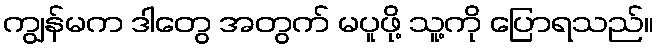
ကျွန်မက ဒါတွေ အတွက် မပူဖို့ သူ့ကို ပြောရသည်။